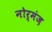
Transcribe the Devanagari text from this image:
नोर्मंज़